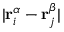
| \mathbf { r } _ { i } ^ { \alpha } - \mathbf { r } _ { j } ^ { \beta } |